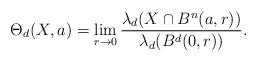
LaTeX: \begin{align*}\Theta_d(X,a)=\lim_{r\to 0} \frac{\lambda_d(X\cap B^n(a,r))}{\lambda_d(B^d(0,r))}.\end{align*}